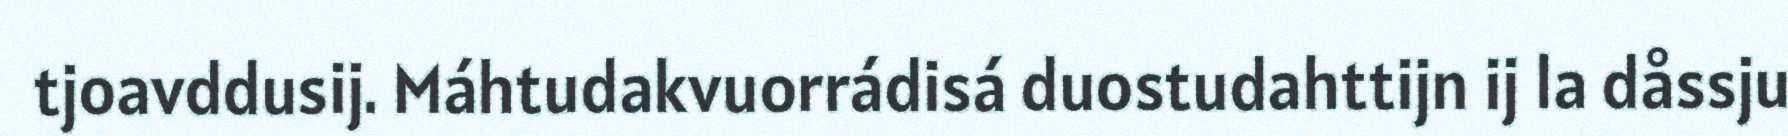
tjoavddusij. Máhtudakvuorrádisá duostudahttijn ij la dåssju